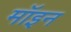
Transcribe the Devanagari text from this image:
मॉइन